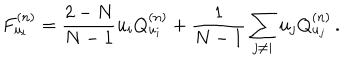
F _ { u _ { i } } ^ { ( n ) } = \frac { 2 - N } { N - 1 } u _ { i } Q _ { u _ { i } } ^ { ( n ) } + \frac { 1 } { N - 1 } \sum _ { j \neq i } u _ { j } Q _ { u _ { j } } ^ { ( n ) } \, .